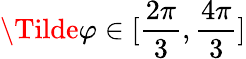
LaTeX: \Tilde{\varphi}\in[\frac{2\pi}{3},\frac{4\pi}{3}]